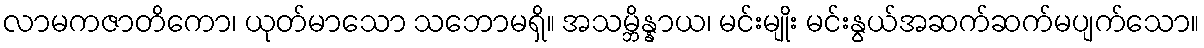
လာမကဇာတိကော၊ ယုတ်မာသော သဘောမရှိ။ အသမ္ဘိန္နာယ၊ မင်းမျိုး မင်းနွယ်အဆက်ဆက်မပျက်သော။